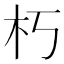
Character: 朽